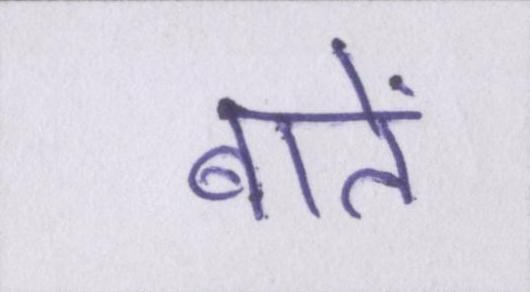
बातें